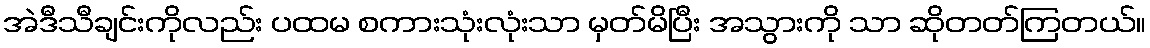
အဲဒီသီချင်းကိုလည်း ပထမ စကားသုံးလုံးသာ မှတ်မိပြီး အသွားကို သာ ဆိုတတ်ကြတယ်။